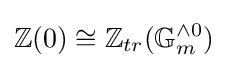
\mathbb {Z} (0)\cong \mathbb {Z} _{tr}(\mathbb {G} _{m}^{\wedge 0})